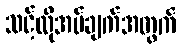
သင့်လိုအပ်ချက်အတွက်